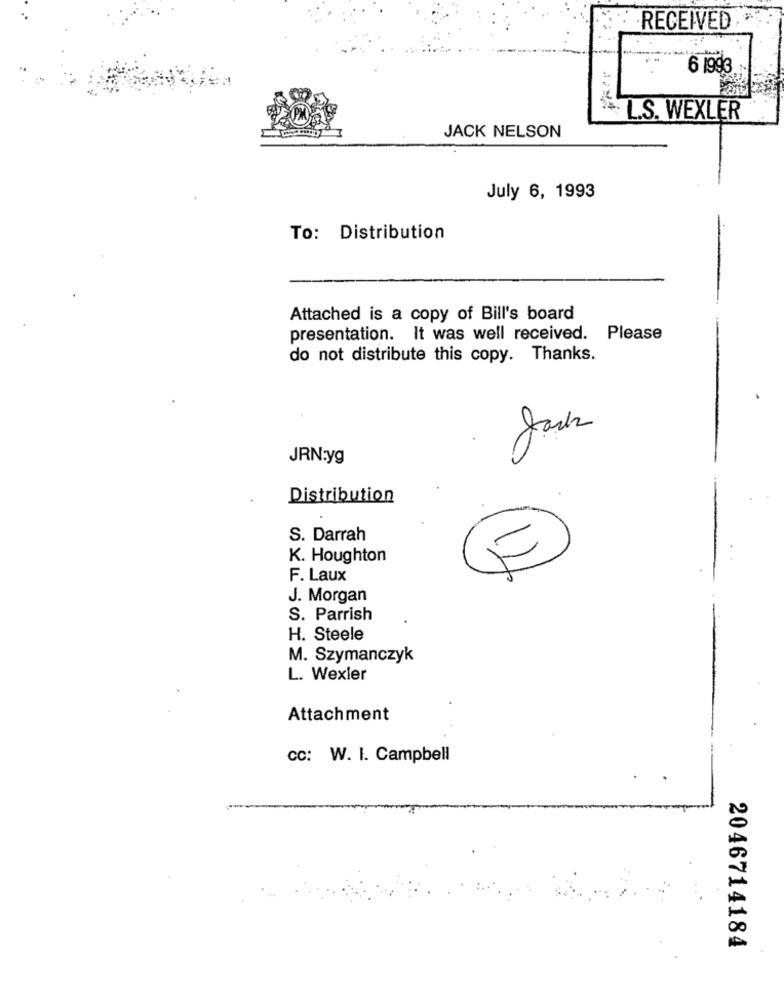
RECEIVED
6 1993
L.S. WEXLER
JACK NELSON
July 6, 1993
To: Distribution
Attached is a copy of Bill's board
presentation. It was well received. Please
do not distribute this copy. Thanks.
JRN:yg
Distribution
S. Darrah
K. Houghton
F. Laux
J. Morgan
S. Parrish
H. Steele
M. Szymanczyk
L. Wexler
Attachment
cc: W. I. Campbell
2046714184